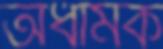
অধর্মিক